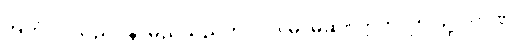
အဟံ၊ ငါသည်။ န၊ မည်သည်ကို။ ဝဒါမိ၊ မဆို။ ဣတိ၊ ဤသို့။ တုဏှိ